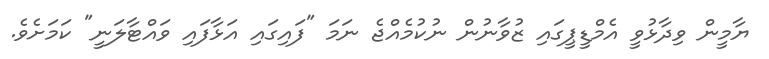
ޔާމީން ވިދާޅުވީ އެމްޑީޕީގައި ޒުވާނުން ނުކުމެއްޖެ ނަމަ "ފައިގައި އަޅާފައި ވައްޓާލަނީ" ކަމަށެވެ.